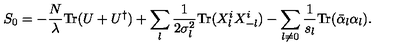
S _ { 0 } = - { \frac { N } { \lambda } } \mathrm { T r } ( U + U ^ { \dagger } ) + \sum _ { l } { \frac { 1 } { 2 \sigma _ { l } ^ { 2 } } } \mathrm { T r } ( X _ { l } ^ { i } X _ { - l } ^ { i } ) - \sum _ { l \not = 0 } { \frac { 1 } { s _ { l } } } \mathrm { T r } ( \bar { \alpha } _ { l } \alpha _ { l } ) .